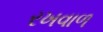
રખવાળ